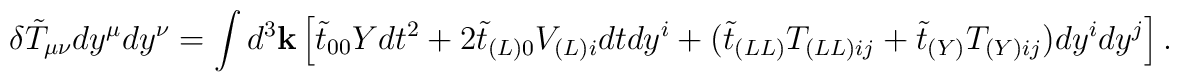
\delta \tilde{T}_{\mu\nu}dy^{\mu}dy^{\nu} 	= \int d^3{\bf k}\left[        \tilde{t}_{00}Ydt^2        + 2\tilde{t}_{(L)0}V_{(L)i}dtdy^i        + (\tilde{t}_{(LL)}T_{(LL)ij}	+\tilde{t}_{(Y)}T_{(Y)ij})dy^idy^j\right].